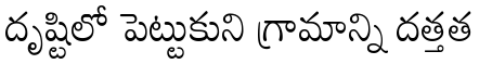
దృష్టిలో పెట్టుకుని గ్రామాన్ని దత్తత